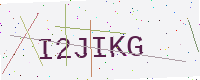
Text: I2JIKG